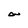
Character: a